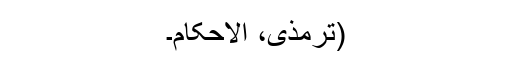
(ترمذی، الاحکام۔